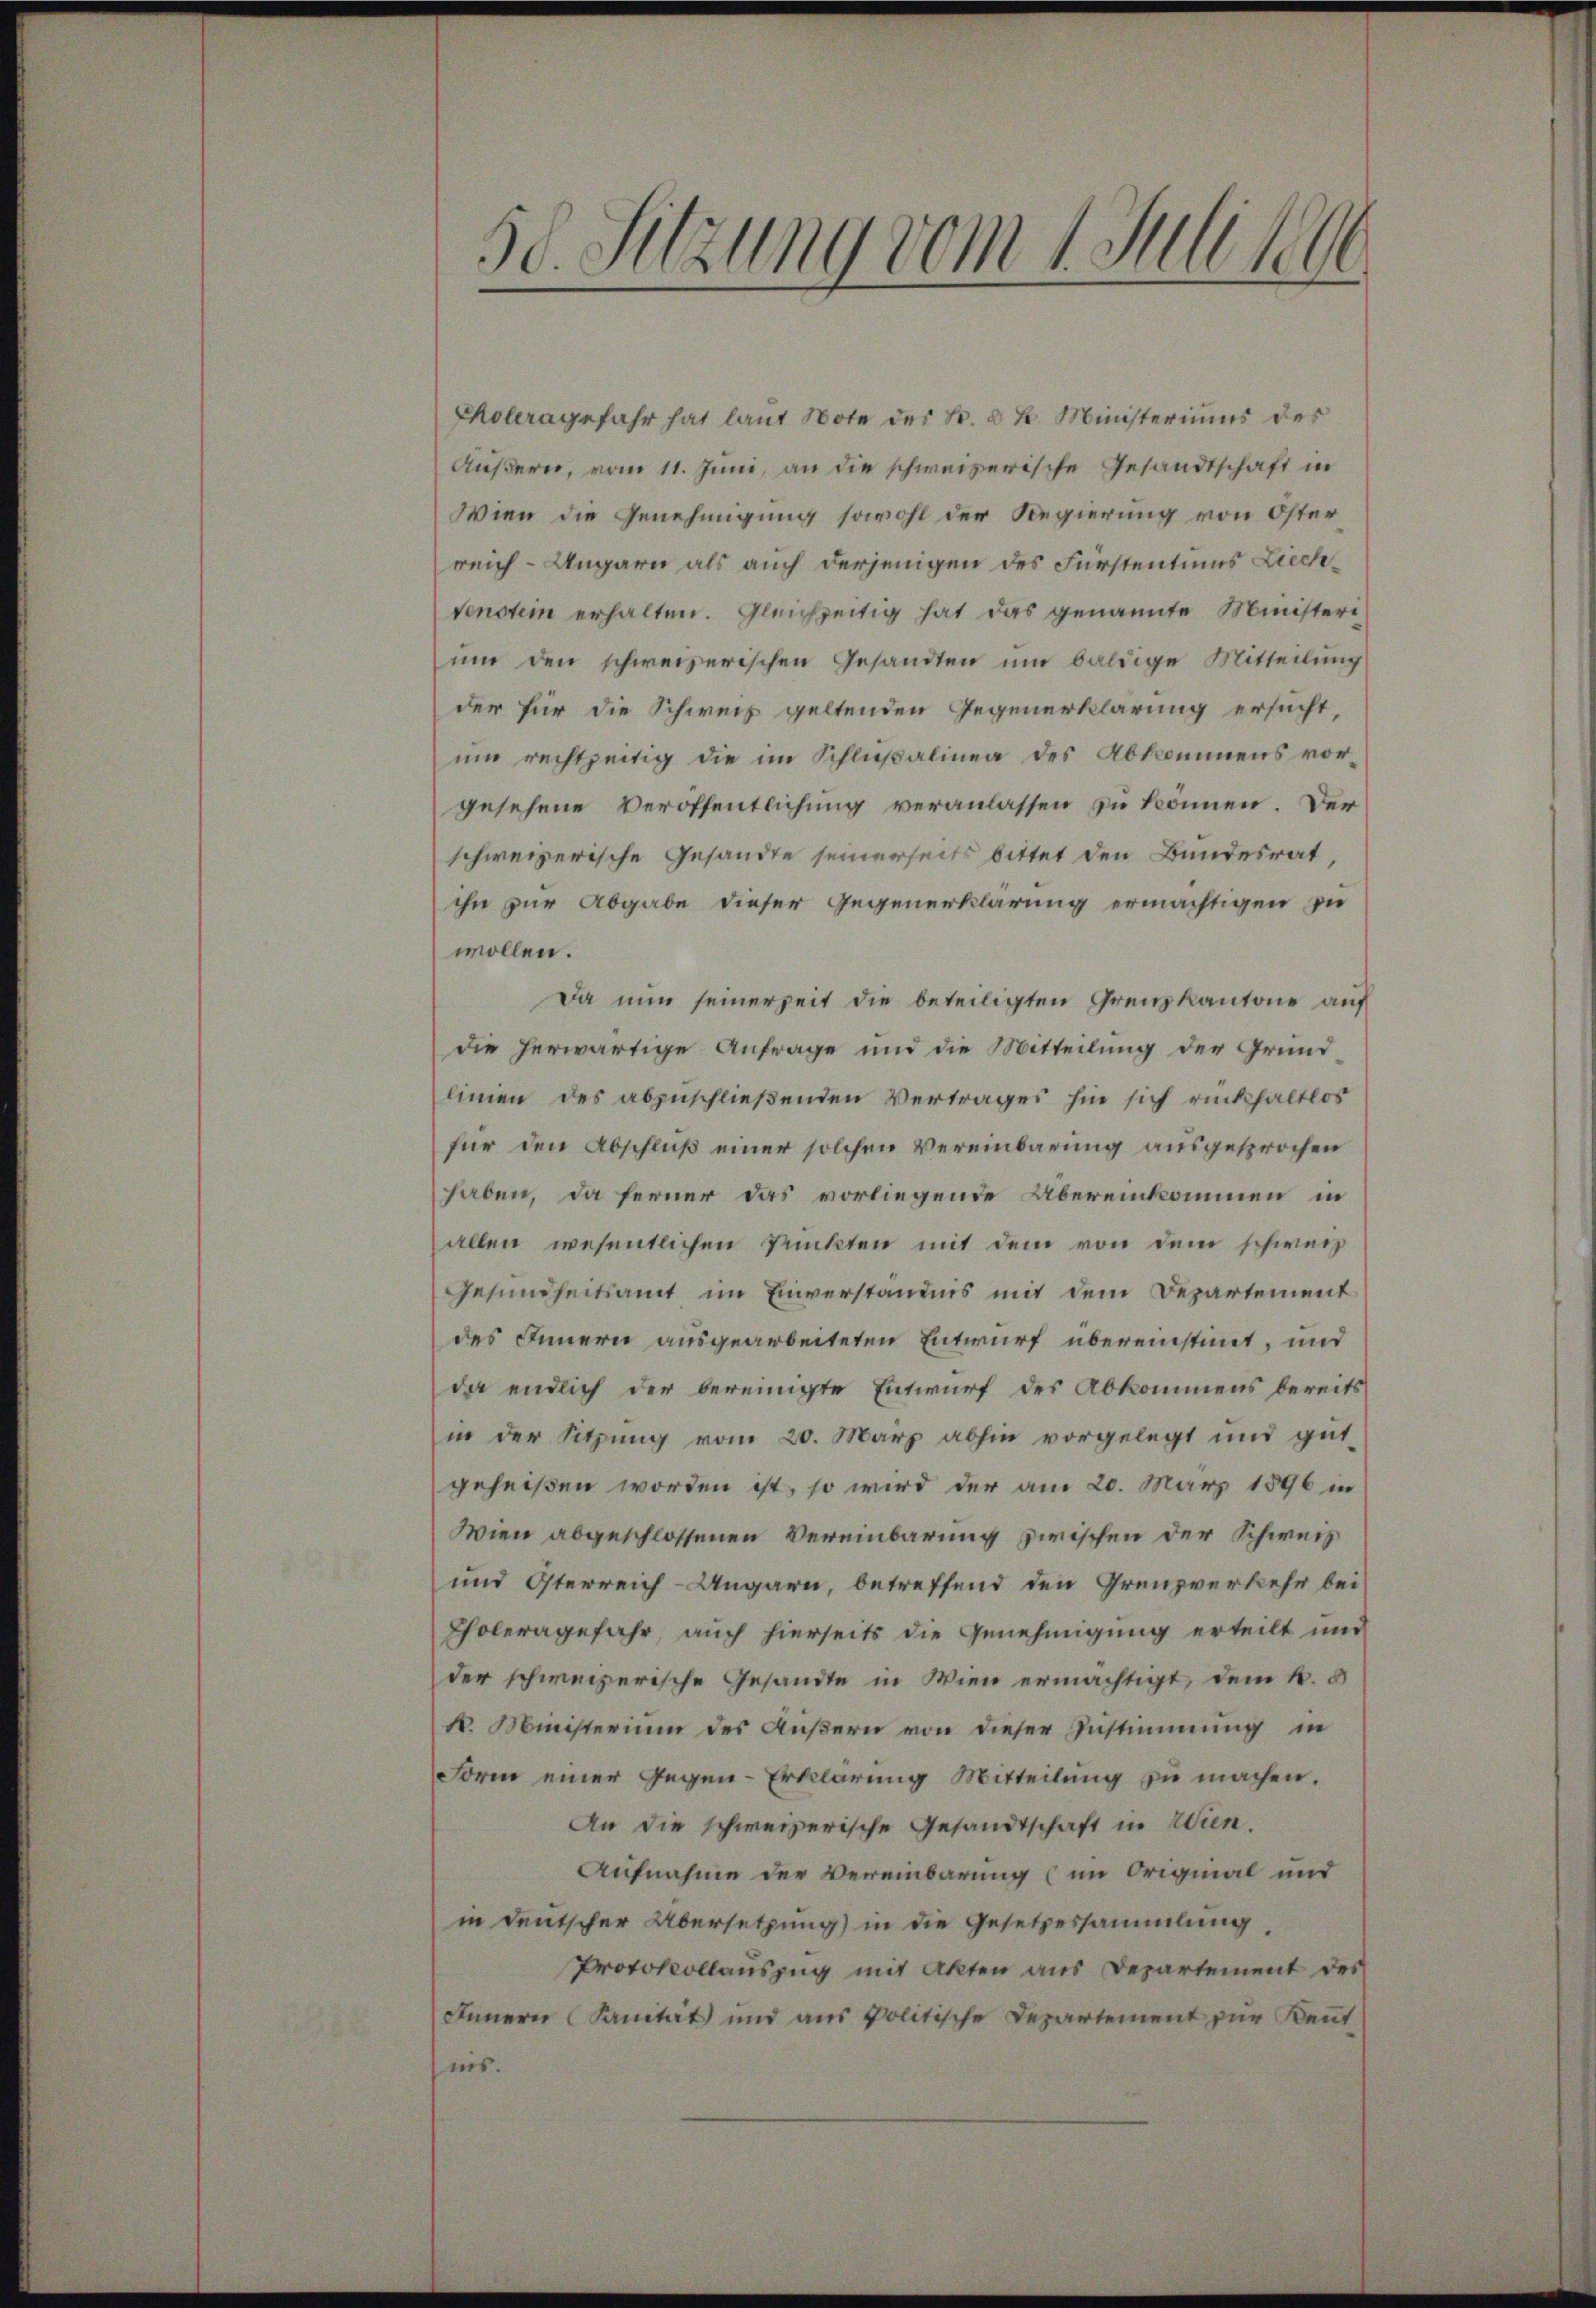
50. Sitzung vom 1. Juli 189

Choleragefahr hat laut Note des Fr. 8 k. Ministeriums des
Äußern, vom 11. Juni, an die schweizerische Gesandtschaft in
Wien die Genehmigung sowohl der Regierung von Öster
reich - Ungarn als auch derjenigen des Fürstentums Liechvenstein erhalten. Gleichzeitig hat das genannte Ministeri
um den schweizerischen Gesandten um baldige Mitteilung
der für die Schweiz geltenden Gegenerklärung ersucht,
um rechtzeitig die im Schlußalinea des Abkommens vorgesehene Veröffentlichung veranlassen zu können. Der
schweizerische Gesandte seinerseits bittet den Bundesrat
ihn zur Abgabe dieser Gegenerklärung ermächtigen zu
wollen.
Da nun seinerzeit die beteiligten Grenzkantone auf
die herwärtige Anfrage und die Mitteilung der Grund-
linien des abzuschließenden Vertrages hin sich rückhaltlos
für den Abschluß einer solchen Vereinbarung ausgesprochen
haben, da ferner das vorliegende Übereinkommen in
allen wesentlichen Punkten mit dem von dem schweiz
Gesundheitsamt im Einverständnis mit dem Departement
des Innern ausgearbeiteten Entwurf übereinstimmt, und
da endlich der bereinigte Entwurf des Abkommens bereits
in der Sitzung vom 20. März abhin vorgelegt und gut-
geheißen worden ist, so wird der am 20. März 1896 in
Wien abgeschlossenen Vereinbarung zwischen der Schweiz
und Österreich-Ungarn, betreffend den Grenzverkehr bei
Choleragefahr, auch hierseits die Genehmigung erteilt und
der schweizerische Gesandte in Wien ermächtigt, dem k. b
k. Ministerium des Äußern von dieser Zustimmung in
Form einer Gegen-Erklärung Mitteilung zu machen.
An die schweizerische Gesandtschaft in Wien.
Aufnahme der Vereinbarung (im Original und
in deutscher Übersetzung) in die Gesetzessammlung,
Protokollauszug mit Akten aus Departement des
Innern Sanität und aus politische Departement zur Kennt
nis.